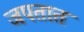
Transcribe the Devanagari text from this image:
जपतात